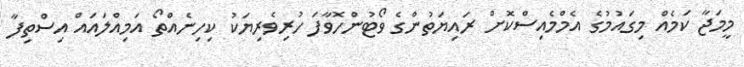
މީމަޖާ ކަމެއް މިގައުމުގެ އެމްމެއިސްކޮށް ރައިޔަތުންގެ ވޯޓުންހޮވާފަ ހުރިވެރިޔަކު ކިހިނެއްތޯ އަމިއްލައައް އިސްތިފާ